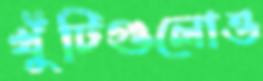
খুঁটিগুলোও